Vaccination in the Punjab 1867-1880 - 1867-1880
Year: 1867
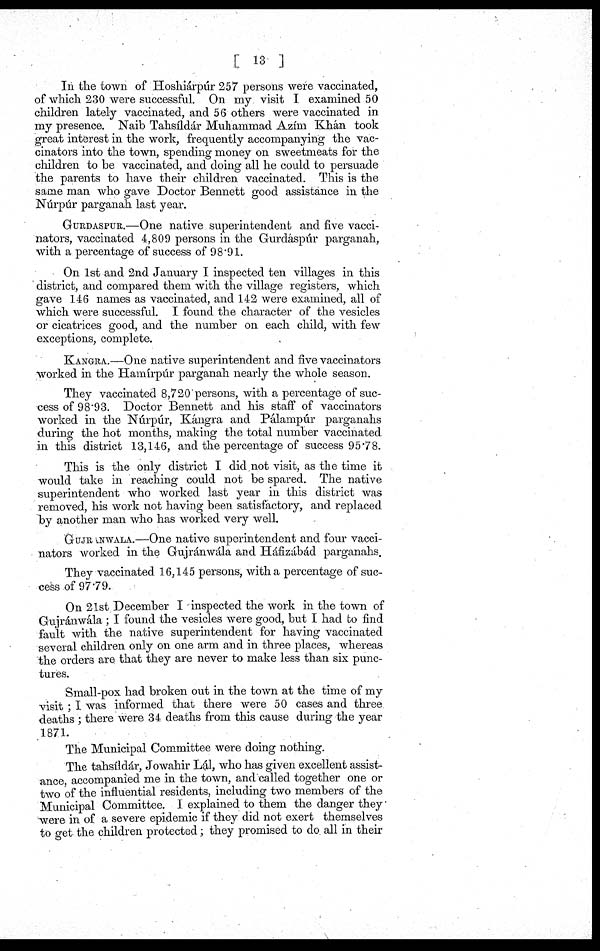
[ 13 ]
In the town of Hoshiárpúr 257 persons were vaccinated,
of which 230 were successful. On my visit I examined 50
children lately vaccinated, and 56 others were vaccinated in
my presence. Naib Tahsíldár Muhammad Azím Khán took
great interest in the work, frequently accompanying the vac¬
cinators into the town, spending money on sweetmeats for the
children to be vaccinated, and doing all he could to persuade
the parents to have their children vaccinated. This is the
same man who gave Doctor Bennett good assistance in the
Núrpúr parganah last year.
GURDASPUR.—One native superintendent and five vacci¬
nators, vaccinated 4,809 persons in the Gurdáspúr parganah,
with a percentage of success of 98.91.
On 1st and 2nd January I inspected ten villages in this
district, and compared them with the village registers, which
gave 146 names as vaccinated, and 142 were examined, all of
which were successful. I found the character of the vesicles
or cicatrices good, and the number on each child, with few
exceptions, complete.
KANGRA.—One native superintendent and five vaccinators
worked in the Hamírpúr parganah nearly the whole season.
They vaccinated 8,720 persons, with a percentage of suc¬
cess of 98.93. Doctor Bennett and his staff of vaccinators
worked in the Núrpúr, Kángra and Pálampúr parganahs
during the hot months, making the total number vaccinated
in this district 13,146, and the percentage of success 95.78.
This is the only district I did not visit, as the time it
would take in reaching could not be spared. The native
superintendent who worked last year in this district was
removed, his work not having been satisfactory, and replaced
by another man who has worked very well.
GUJRANWLA.—One native superintendent and four vacci¬
nators worked in the Gujránwála and Háfizábád parganahs.
They vaccinated 16,145 persons, with a percentage of suc¬
cess of 97.79.
On 21st December I inspected the work in the town of
Gujránwála ; I found the vesicles were good, but I had to find
fault with the native superintendent for having vaccinated
several children only on one arm and in three places, whereas
the orders are that they are never to make less than six punc¬
tures.
Small-pox had broken out in the town at the time of my
visit ; I was informed that there were 50 cases and three
deaths ; there were 34 deaths from this cause during the year
1871.
The Municipal Committee were doing nothing.
The tahsíldár, Jowahir Lál, who has given excellent assist¬
ance, accompanied me in the town, and called together one or
two of the influential residents, including two members of the
Municipal Committee. I explained to them the danger they
were in of a severe epidemic if they did not exert themselves
to get the children protected; they promised to do all in their